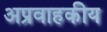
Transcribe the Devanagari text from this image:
अप्रवाहकीय